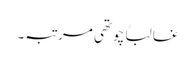
غالباً چوتھی مرتبہ۔